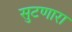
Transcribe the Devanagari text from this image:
सुटणारा